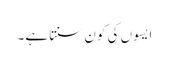
ایسوں کی کون سنتا ہے۔